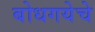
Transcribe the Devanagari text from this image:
बोधगयेचे